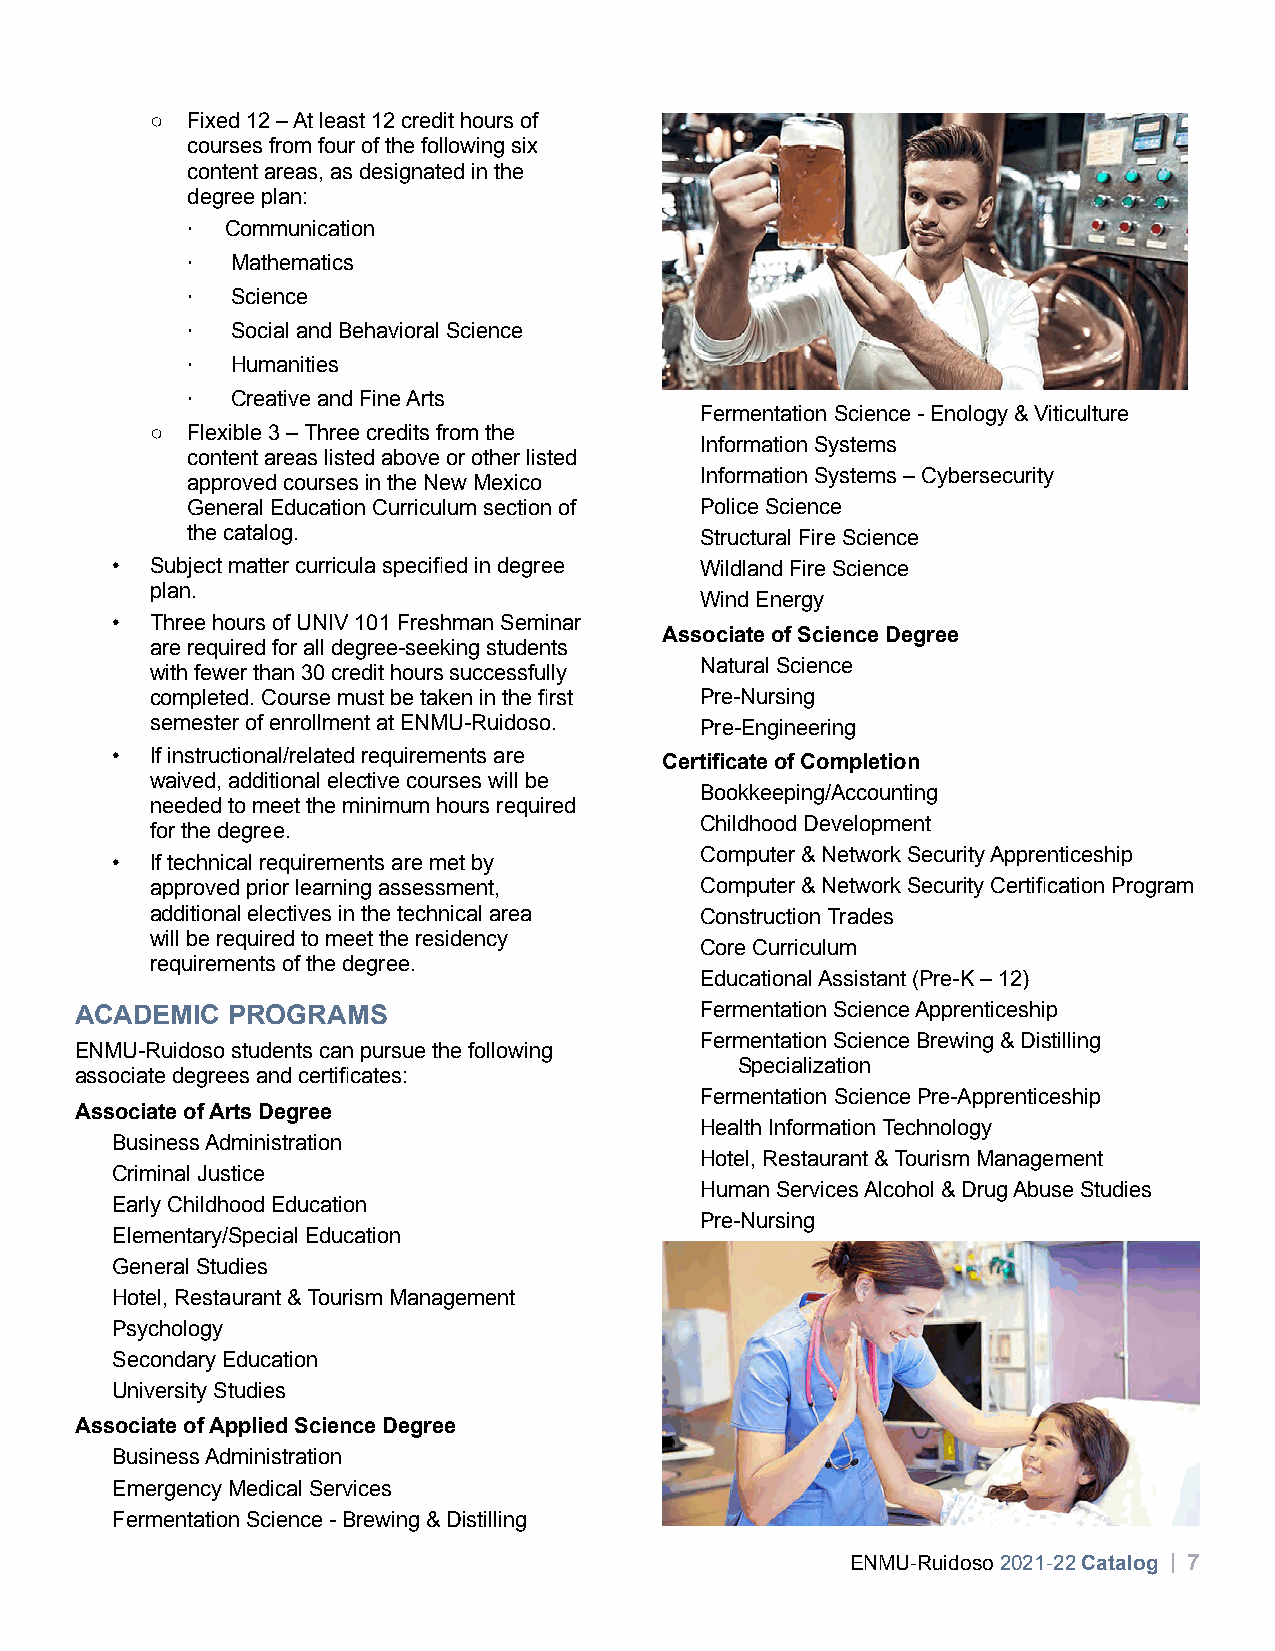
○ Fixed 12 – At least 12 credit hours of
 courses from four of the following six
 content areas, as designated in the
 degree plan:
 ∙  Communication
 ∙  Mathematics
 ∙  Science
 ∙  Social and Behavioral Science
 ∙  Humanities
 ∙  Creative and Fine Arts
 Fermentation Science - Enology & Viticulture
 ○ Flexible 3 – Three credits from the
 Information Systems
 content areas listed above or other listed
 Information Systems – Cybersecurity
 approved courses in the New Mexico
 General Education Curriculum section of Police Science
 the catalog.                      Structural Fire Science
 •  Subject matter curricula specified in degree Wildland Fire Science
 plan.
 Wind Energy
 •  Three hours of UNIV 101 Freshman Seminar
 Associate of Science Degree
 are required for all degree-seeking students
 Natural Science
 with fewer than 30 credit hours successfully
 completed. Course must be taken in the first Pre-Nursing
 semester of enrollment at ENMU-Ruidoso. Pre-Engineering
 •  If instructional/related requirements are
 Certificate of Completion
 waived, additional elective courses will be
 Bookkeeping/Accounting
 needed to meet the minimum hours required
 Childhood Development
 for the degree.
 Computer & Network Security Apprenticeship
 •  If technical requirements are met by
 approved prior learning assessment, Computer & Network Security Certification Program
 additional electives in the technical area Construction Trades
 will be required to meet the residency
 Core Curriculum
 requirements of the degree.
 Educational Assistant (Pre-K – 12)
 ACADEMIC  PROGRAMS                       Fermentation Science Apprenticeship
 Fermentation Science Brewing & Distilling
 ENMU-Ruidoso students can pursue the following
 Specialization
 associate degrees and certificates:
 Fermentation Science Pre-Apprenticeship
 Associate of Arts Degree
 Health Information Technology
 Business Administration
 Hotel, Restaurant & Tourism Management
 Criminal Justice
 Human Services Alcohol & Drug Abuse Studies
 Early Childhood Education
 Pre-Nursing
 Elementary/Special Education
 General Studies
 Hotel, Restaurant & Tourism Management
 Psychology
 Secondary Education
 University Studies
 Associate of Applied Science Degree
 Business Administration
 Emergency Medical Services
 Fermentation Science - Brewing & Distilling
 ENMU-Ruidoso 2021-22 Catalog | 7